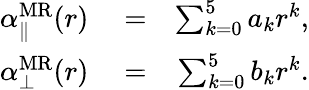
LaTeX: \begin{array}{rlr}{\alpha_{\parallel}^{\mathrm{MR}}(r)}&{{}=}&{\sum_{k=0}^{5}a_{k}r^{k},}\\ {\alpha_{\bot}^{\mathrm{MR}}(r)}&{{}=}&{\sum_{k=0}^{5}b_{k}r^{k}.}\end{array}